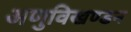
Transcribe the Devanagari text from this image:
अणुविखण्डन